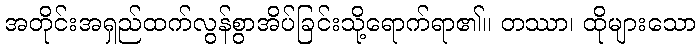
အတိုင်းအရှည်ထက်လွန်စွာအိပ်ခြင်းသို့ရောက်ရာ၏။ တဿာ၊ ထိုများသော